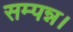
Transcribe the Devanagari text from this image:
सम्पन्न।